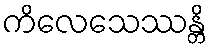
ကိလေသေဿန္တိ